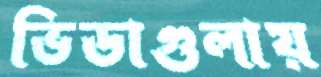
ভিডাগুলায়